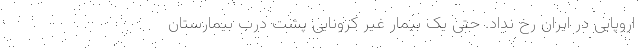
اروپایی در ایران رخ نداد. حتی یک بیمار غیر کرونایی پشت درب بیمارستان